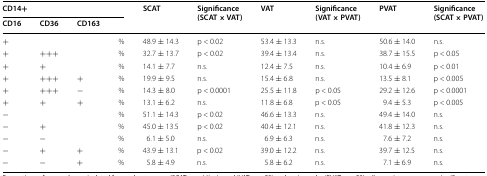
| <COLSPAN=4> CD14+ | <ROWSPAN=2> SCAT | <ROWSPAN=2> Significance (SCAT × VAT) | <ROWSPAN=2> VAT | <ROWSPAN=2> Significance (VAT × PVAT) | <ROWSPAN=2> PVAT | <ROWSPAN=2> Significance (SCAT × PVAT) |
 | CD16 | CD36 | CD163 |  |
 | --- | --- | --- | --- | --- | --- | --- | --- | --- | --- |
 | + |  |  | % | 48.9 ± 14.3 | p < 0.02 | 53.4 ± 13.3 | n.s. | 50.6 ± 14.0 | n.s. |
 | + | +++ |  | % | 32.7 ± 13.7 | p < 0.02 | 39.4 ± 13.4 | n.s. | 38.7 ± 15.5 | p < 0.05 |
 | + | + |  | % | 14.1 ± 7.7 | n.s. | 12.4 ± 7.5 | n.s. | 10.4 ± 6.9 | p < 0.01 |
 | + | +++ | + | % | 19.9 ± 9.5 | n.s. | 15.4 ± 6.8 | n.s. | 13.5 ± 8.1 | p < 0.005 |
 | + | +++ | − | % | 14.3 ± 8.0 | p < 0.0001 | 25.5 ± 11.8 | p < 0.05 | 29.2 ± 12.6 | p < 0.0001 |
 | + | + | + | % | 13.1 ± 6.2 | n.s. | 11.8 ± 6.8 | p < 0.05 | 9.4 ± 5.3 | p < 0.005 |
 | − |  |  | % | 51.1 ± 14.3 | p < 0.02 | 46.6 ± 13.3 | n.s. | 49.4 ± 14.0 | n.s. |
 | − | + |  | % | 45.0 ± 13.5 | p < 0.02 | 40.4 ± 12.1 | n.s. | 41.8 ± 12.3 | n.s. |
 | − | − |  | % | 6.1 ± 5.0 | n.s. | 6.9 ± 6.3 | n.s. | 7.6 ± 7.2 | n.s. |
 | − | + | + | % | 43.9 ± 13.1 | p < 0.02 | 39.0 ± 12.2 | n.s. | 39.7 ± 12.5 | n.s. |
 | − | − | + | % | 5.8 ± 4.9 | n.s. | 5.8 ± 6.2 | n.s. | 7.1 ± 6.9 | n.s. |